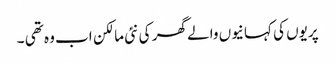
پریوں کی کہانیوں والے گھر کی نئی مالکن اب وہ تھی ۔